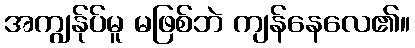
အကျွန်ုပ်မူ မဖြစ်ဘဲ ကျန်နေလေ၏။